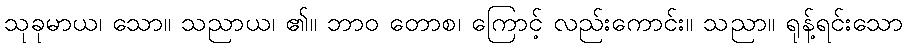
သုခုမာယ၊ သော။ သညာယ၊ ၏။ ဘာဝ တောစ၊ ကြောင့် လည်းကောင်း။ သညာ။ ရုန့်ရင်းသော